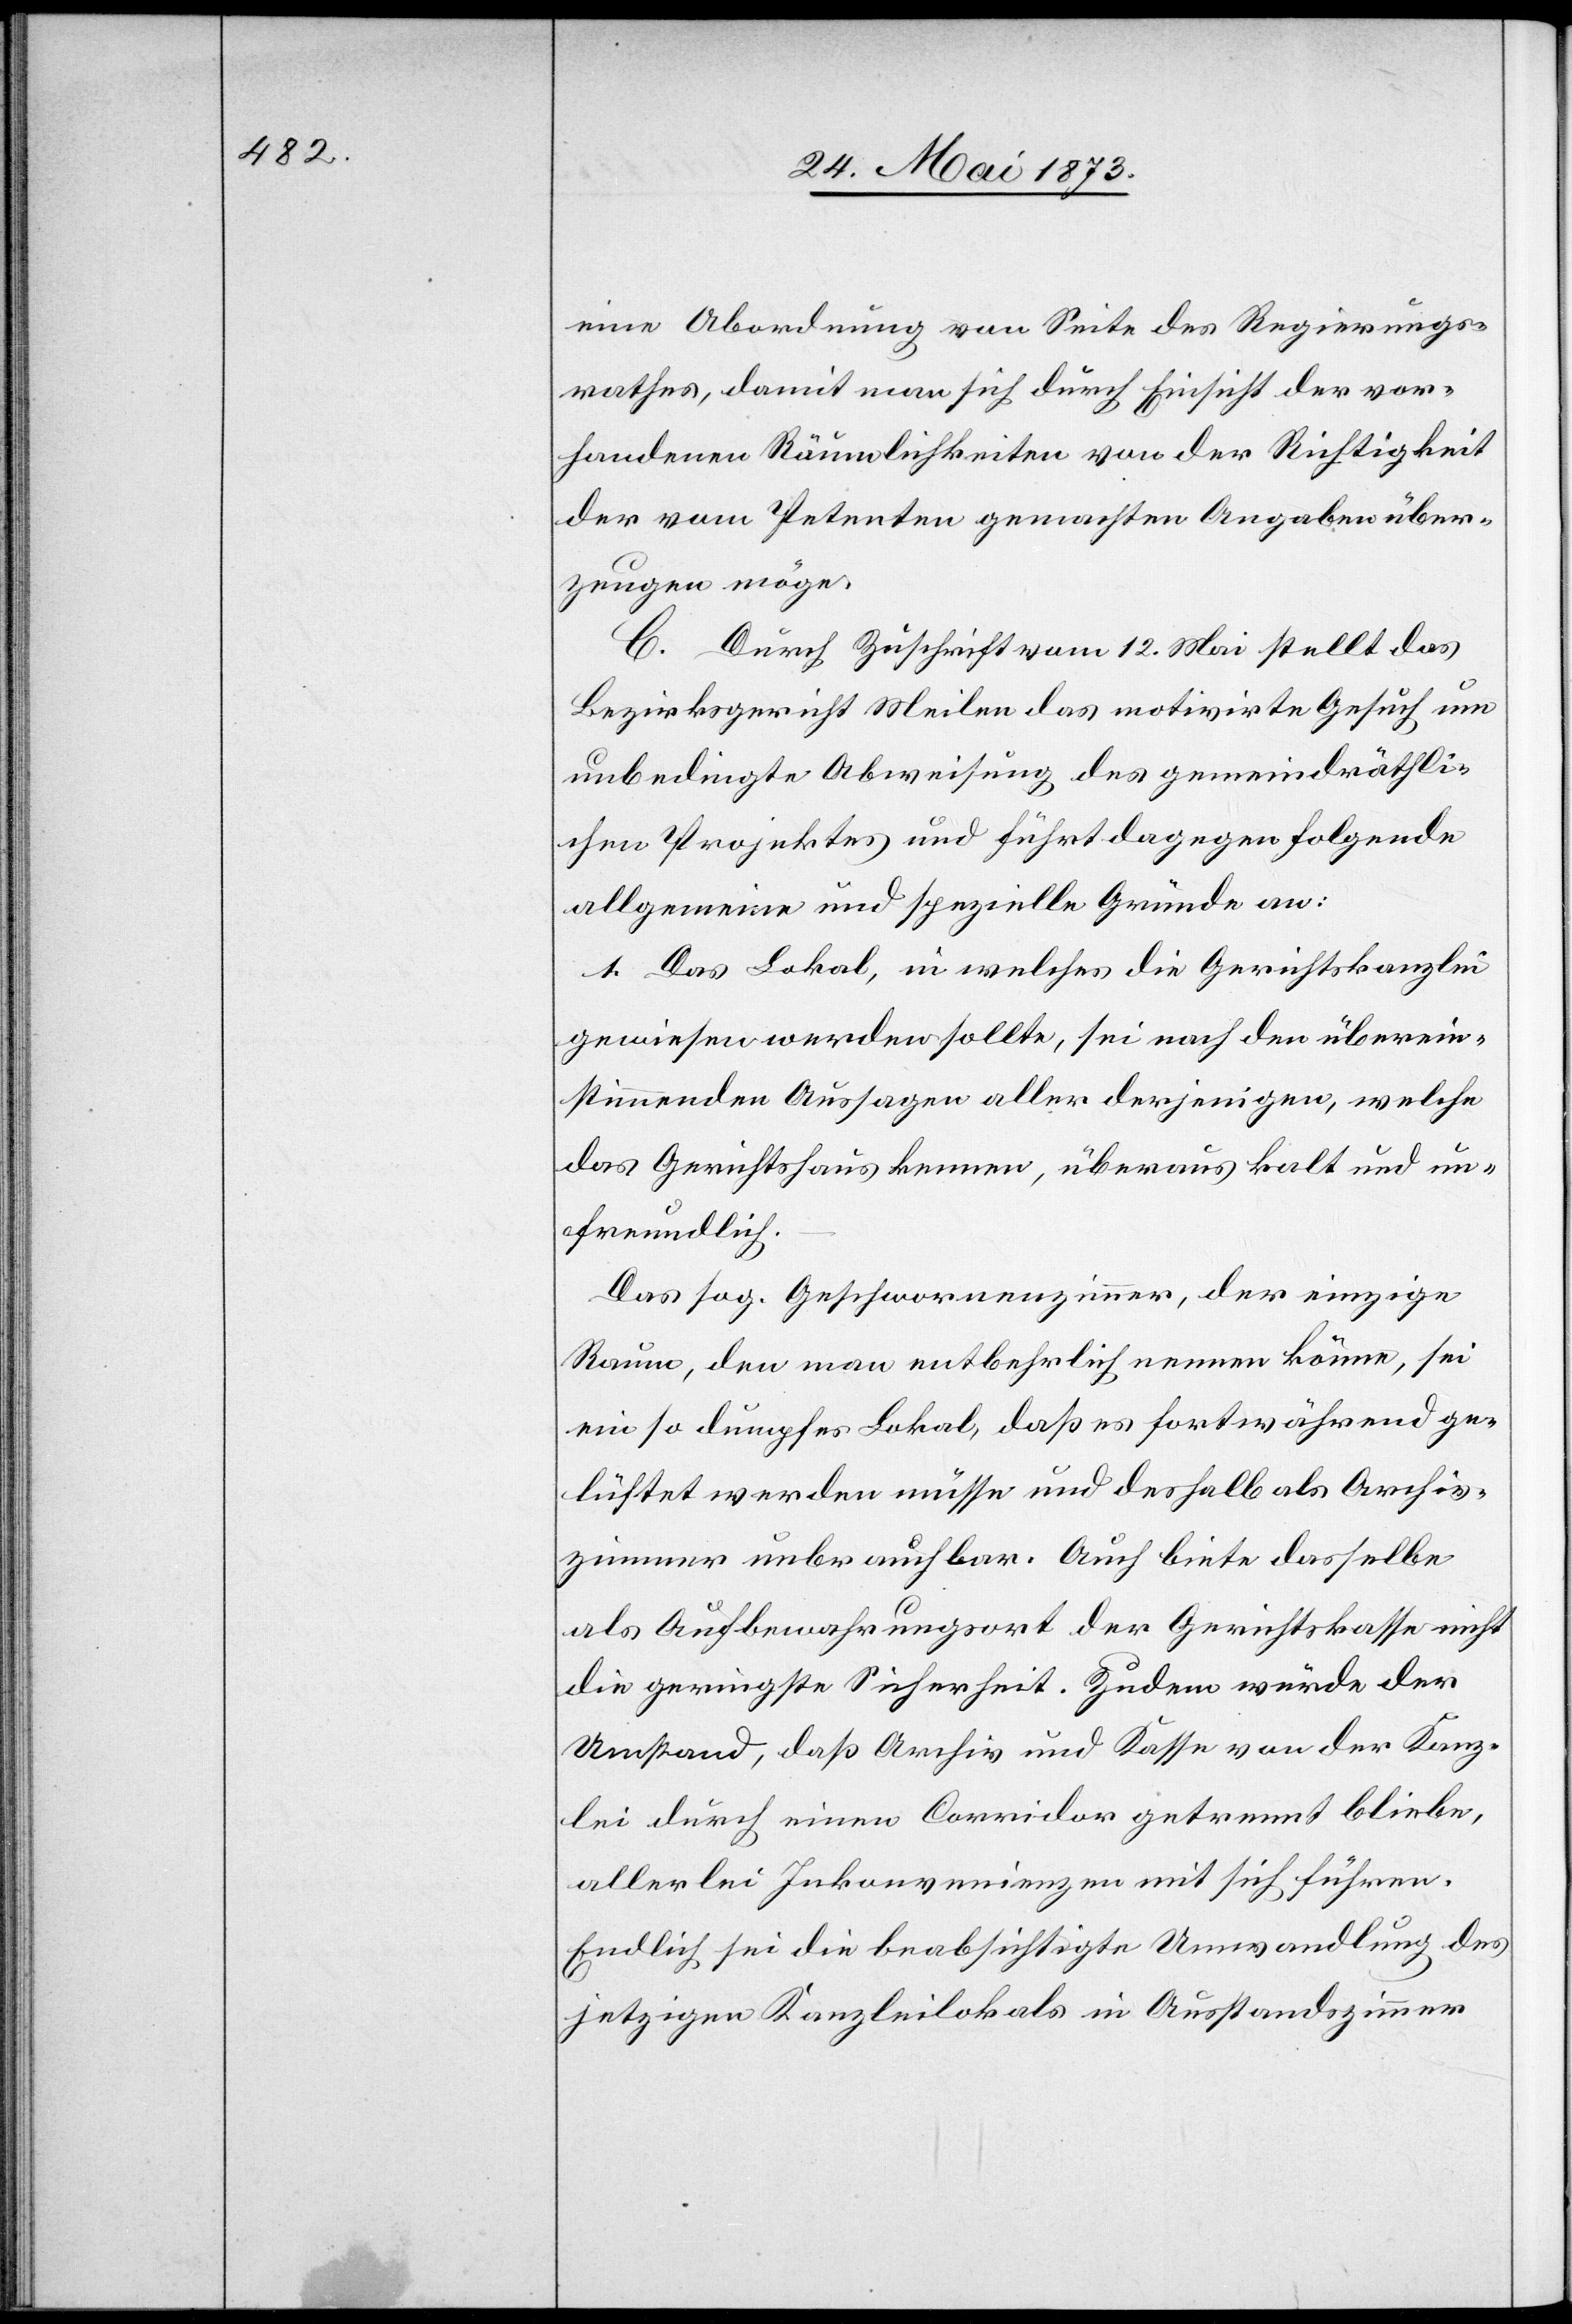
zimmer

eine Abordnung von Seite des Regierungs¬
rathes, damit man sich durch Einsicht der vor¬
handenen Räumlichkeiten von der Richtigkeit
der vom Petenten gemachten Angaben über¬
zeugen möge.
C. Durch Zuschrift vom 12. Mai stellt das
Bezirksgericht Meilen das motivirte Gesuch um
unbedingte Abweisung des gemeindräthli¬
chen Projektes und führt dagegen folgende
allgemeine und spezielle Gründe an:
1. Das Lokal, in welches die Gerichtskanzlei
gewiesen werden sollte, sei nach den überein¬
stimmenden Aussagen aller derjenigen, welche
das Gerichtshaus kennen, überaus kalt und un¬
freundlich.
Das sog. Geschwornenzimmer, der einzige
Raum, den man entbehrlich nennen könne, sei
ein so dumpfes Lokal, daß es fortwährend ge¬
lüftet werden müsse und deshalb als Archiv¬
als Aufbewahrungsort der Gerichtskasse nicht
die geringste Sicherheit. Zudem würde der
Umstand, daß Archiv und Kasse von der Kanz¬
lei durch einen Corridor getrennt bliebe,
allerlei Inkonvenienzen mit sich führen.
Endlich sei die beabsichtigte Umwandlung des
jetzigen Kanzleilokals in Ausstandszimmer